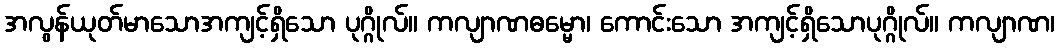
အလွန်ယုတ်မာသောအကျင့်ရှိသော ပုဂ္ဂိုလ်။ ကလျာဏဓမ္မော၊ ကောင်းသော အကျင့်ရှိသောပုဂ္ဂိုလ်။ ကလျာဏ၊